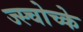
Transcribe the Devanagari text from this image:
ज्स्चोच्के